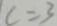
c = 3